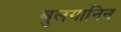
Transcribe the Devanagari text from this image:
बुलगानिन